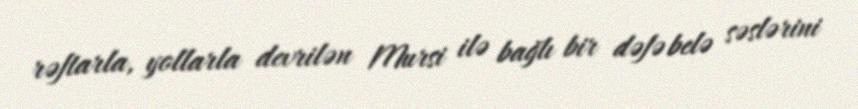
rəftarla, yollarla devrilən Mursi ilə bağlı bir dəfə belə səslərini